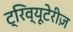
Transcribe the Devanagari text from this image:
ट्रिव्यूटेरीज़